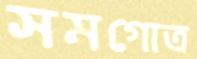
সমগোত্র